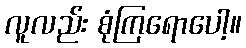
လူလည်း စုံကြရောပေါ့။